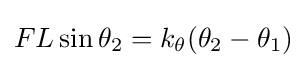
FL\sin \theta _{2}=k_{\theta }(\theta _{2}-\theta _{1})